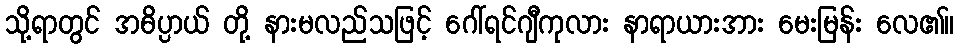
သို့ရာတွင် အဓိပ္ပာယ် တို့ နားမလည်သဖြင့် ဂေါ်ရင်ဂျီကုလား နာရာယားအား မေးမြန်း လေ၏။